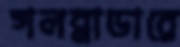
গলব্লাডারে